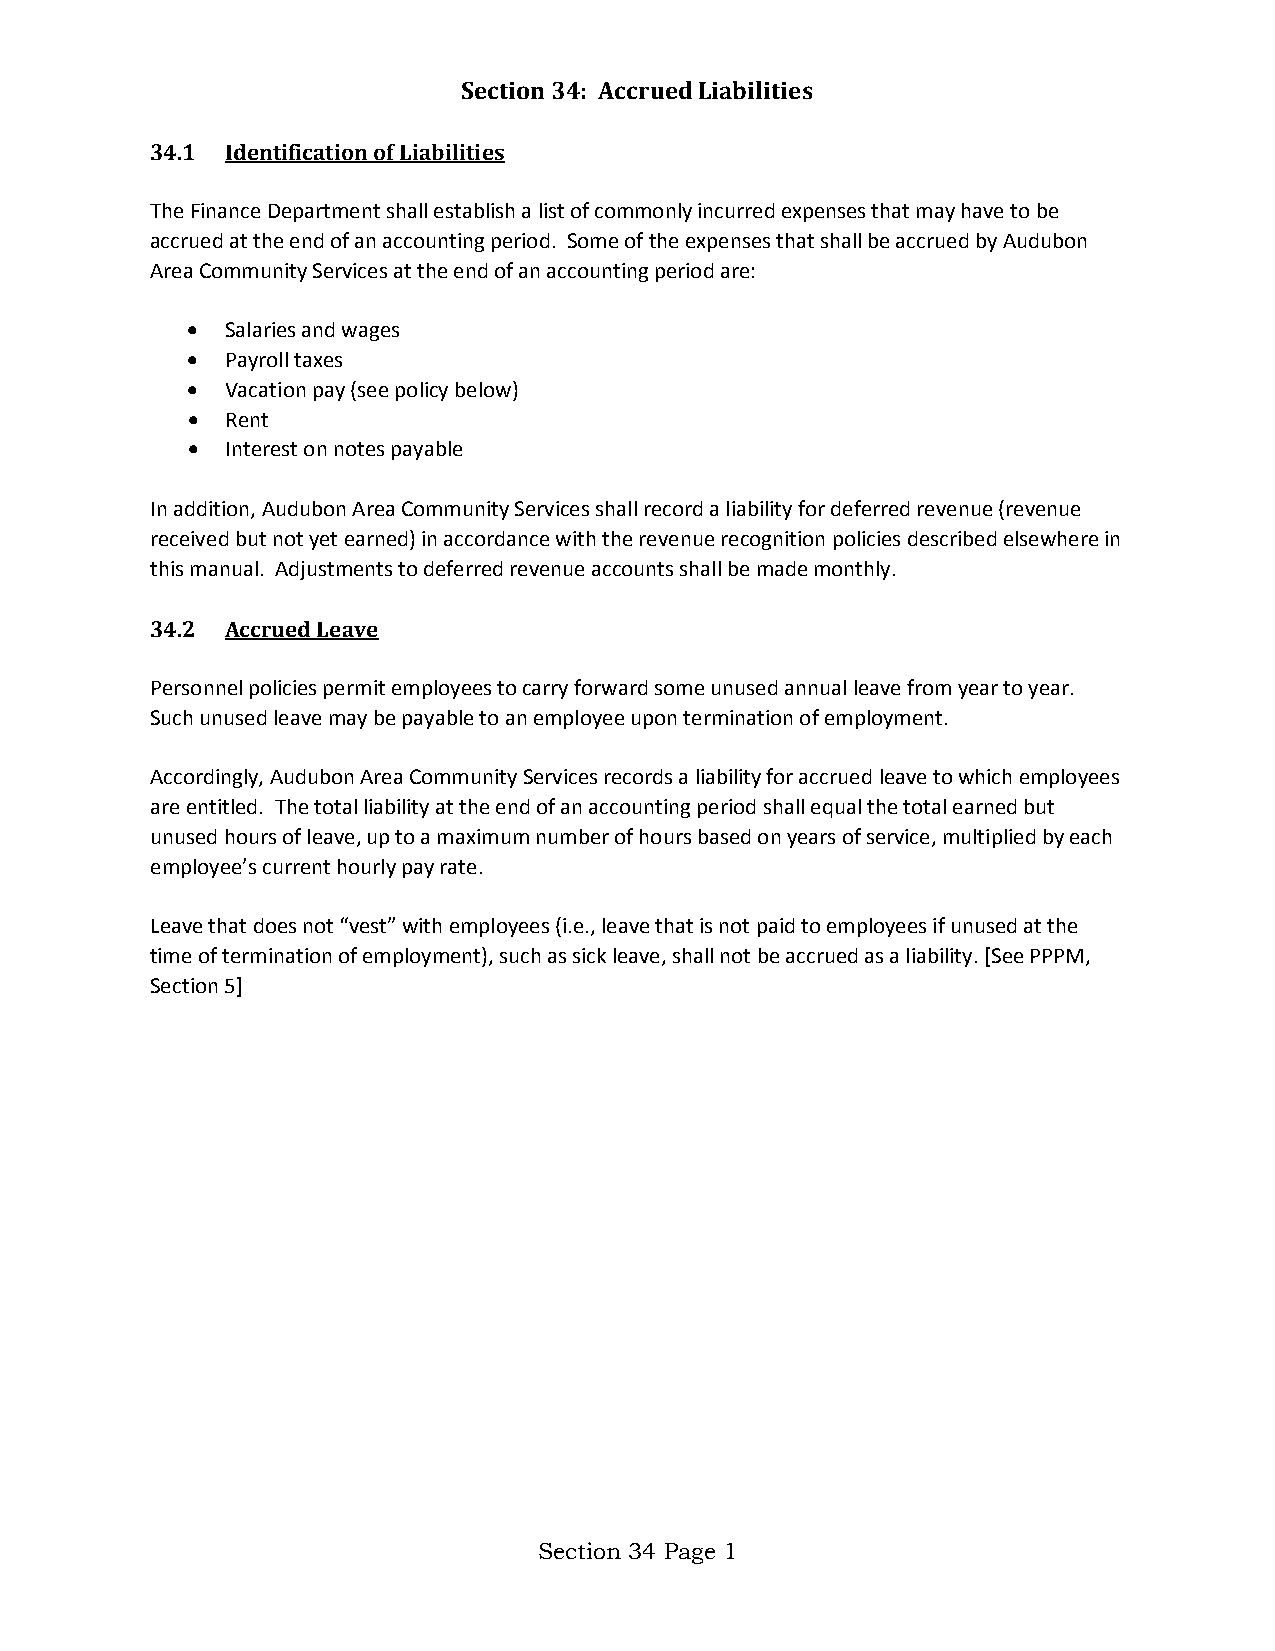
Section 34: Accrued Liabilities
 34.1 Identification of Liabilities
 The Finance Department shall establish a list of commonly incurred expenses that may have to be
 accrued at the end of an accounting period. Some of the expenses that shall be accrued by Audubon
 Area Community Services at the end of an accounting period are:
 •  Salaries and wages
 •  Payroll taxes
 •  Vacation pay (see policy below)
 •  Rent
 •  Interest on notes payable
 In addition, Audubon Area Community Services shall record a liability for deferred revenue (revenue
 received but not yet earned) in accordance with the revenue recognition policies described elsewhere in
 this manual. Adjustments to deferred revenue accounts shall be made monthly.
 34.2 Accrued Leave
 Personnel policies permit employees to carry forward some unused annual leave from year to year.
 Such unused leave may be payable to an employee upon termination of employment.
 Accordingly, Audubon Area Community Services records a liability for accrued leave to which employees
 are entitled. The total liability at the end of an accounting period shall equal the total earned but
 unused hours of leave, up to a maximum number of hours based on years of service, multiplied by each
 employee’s current hourly pay rate.
 Leave that does not “vest” with employees (i.e., leave that is not paid to employees if unused at the
 time of termination of employment), such as sick leave, shall not be accrued as a liability. [See PPPM,
 Section 5]
 Section 34 Page 1